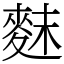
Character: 䴲